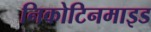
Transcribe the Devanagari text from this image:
निकोटिनमाइड